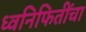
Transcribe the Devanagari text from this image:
ध्वनिफितींचा